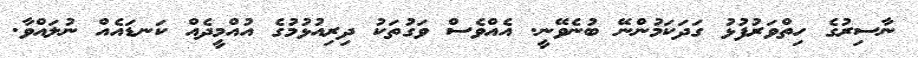
ނާސިރުގެ ހިތްވަރުފުޅު ގަދަކަމުންނޭ ބުނެވޭނީ. އެއްވެސް ވަގުތަކު ދިރިއުޅުމުގެ އުއްމީދެއް ކަނޑައެއް ނުލައްވާ.